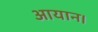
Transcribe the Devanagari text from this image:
आयान।